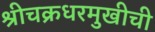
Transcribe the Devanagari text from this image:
श्रीचक्रधरमुखीची